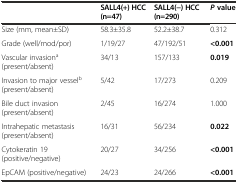
<table><thead><tr><td></td><td><b>SALL4(+) HCC (n=47)</b></td><td><b>SALL4(−) HCC (n=290)</b></td><td><b><i>P</i>value</b></td></tr></thead><tbody><tr><td>Size (mm, mean±SD)</td><td>58.3±35.8</td><td>52.2±38.7</td><td>0.312</td></tr><tr><td>Grade (well/mod/por)</td><td>1/19/27</td><td>47/192/51</td><td><b>&lt;0.001</b></td></tr><tr><td>Vascular invasion<sup>a</sup> (present/absent)</td><td>34/13</td><td>157/133</td><td><b>0.019</b></td></tr><tr><td>Invasion to major vessel<sup>b</sup> (present/absent)</td><td>5/42</td><td>17/273</td><td>0.209</td></tr><tr><td>Bile duct invasion (present/absent)</td><td>2/45</td><td>16/274</td><td>1.000</td></tr><tr><td>Intrahepatic metastasis (present/absent)</td><td>16/31</td><td>56/234</td><td><b>0.022</b></td></tr><tr><td>Cytokeratin 19 (positive/negative)</td><td>20/27</td><td>34/256</td><td><b>&lt;0.001</b></td></tr><tr><td>EpCAM (positive/negative)</td><td>24/23</td><td>24/266</td><td><b>&lt;0.001</b></td></tr></tbody></table>